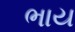
ભાય